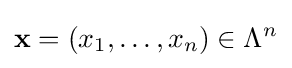
\mathbf {x} =(x_{1},\dots ,x_{n})\in \Lambda ^{n}